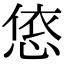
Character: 㥋